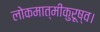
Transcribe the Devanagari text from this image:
लोकमात्मीकुरूष्व।